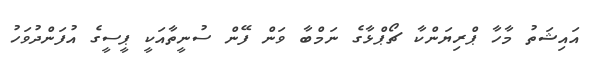
އައިޝަތު މާހާ ޕްރިޔަންކާ ޗޯޕްޅާގެ ނަމްބާ ވަން ފޭން ސުނީތާއަކީ ޕީސީގެ އުފަންދުވަހު